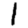
Digit: 1